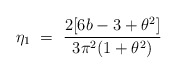
\begin{align*}\eta_1 ~=~ \frac{2[6b-3+\theta^2]}{3\pi^2(1+\theta^2)}\end{align*}